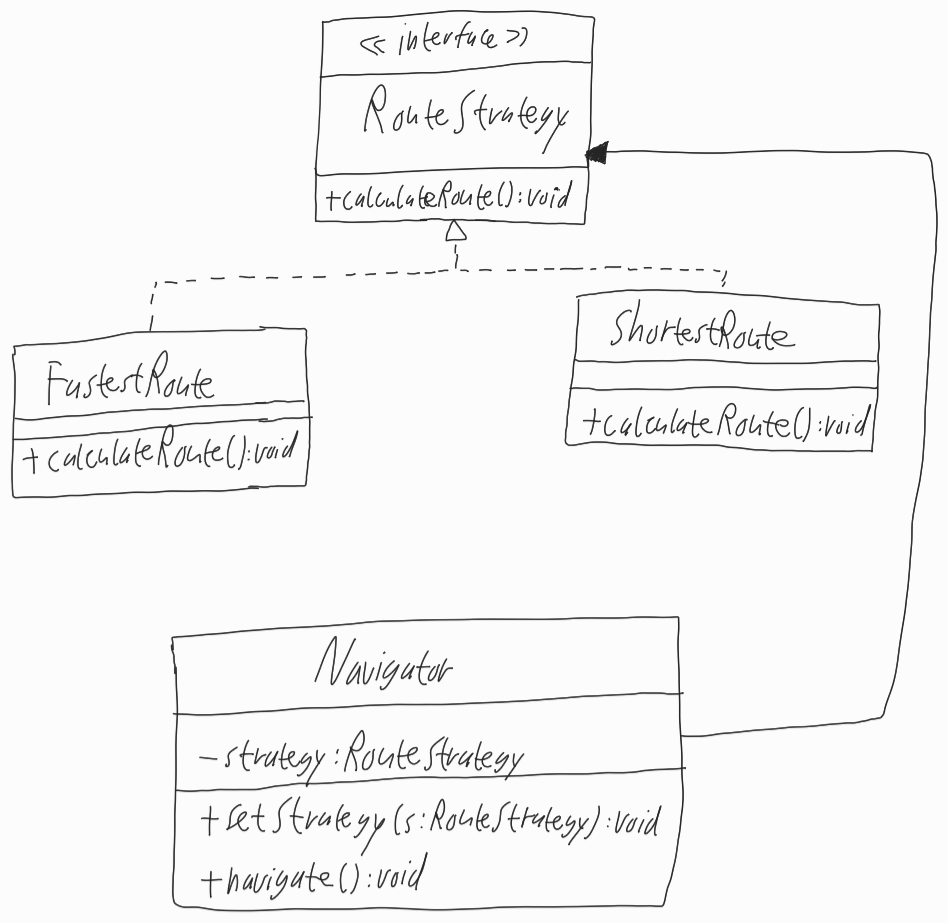
Diagram type: class_diagram
```plantuml
@startuml

interface RouteStrategy {
  + calculateRoute(): void
}

class FastestRoute implements RouteStrategy {
  + calculateRoute(): void
}

class ShortestRoute implements RouteStrategy {
  + calculateRoute(): void
}

class Navigator {
  - strategy: RouteStrategy
  + setStrategy(s: RouteStrategy): void
  + navigate(): void
}

RouteStrategy <-- Navigator

@enduml
```